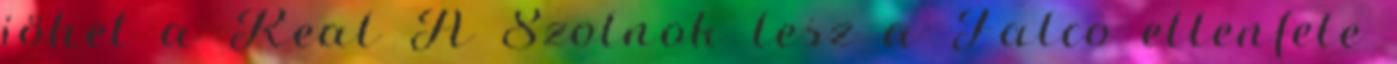
jöhet a Real A Szolnok lesz a Falco ellenfele